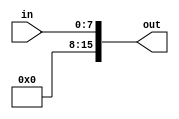
module Zero(
	output reg[15:0] out,
	input [7:0] in
);
always@(*)

begin
	out[7:0]=in;
	out[15:8]=12'h00;
end
endmodule